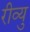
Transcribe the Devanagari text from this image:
रीव्यु